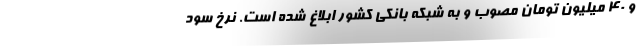
و ۴۰ میلیون تومان مصوب و به شبکه بانکی کشور ابلاغ شده است. نرخ سود